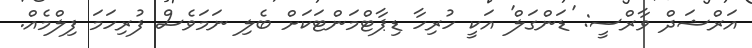
އަރްޝަދް ވާރްސީ: 'ޑަންގަލް' އަކީ ހުރިހާ ޑިޕާޓްމަންޓަކަށް ބެލި ނަމަވެސް ފުރިހަމަ ފިލްމެއް.